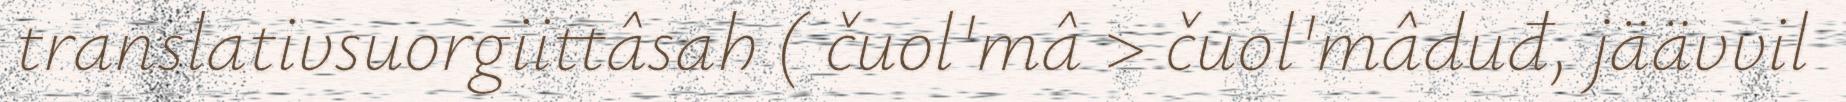
translativsuorgiittâsah ( čuol'mâ > čuol'mâduđ, jäävvil